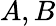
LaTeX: A,B